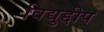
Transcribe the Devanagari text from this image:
विद्युद्दीप